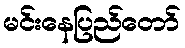
မင်းနေပြည်တော်